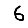
Digit: 6